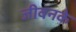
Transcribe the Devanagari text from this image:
जीवनके